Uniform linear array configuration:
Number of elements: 16
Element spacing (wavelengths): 0.25
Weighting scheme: cosine
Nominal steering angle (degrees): -45
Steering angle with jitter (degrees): -45.005
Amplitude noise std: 0.05
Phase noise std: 0.05

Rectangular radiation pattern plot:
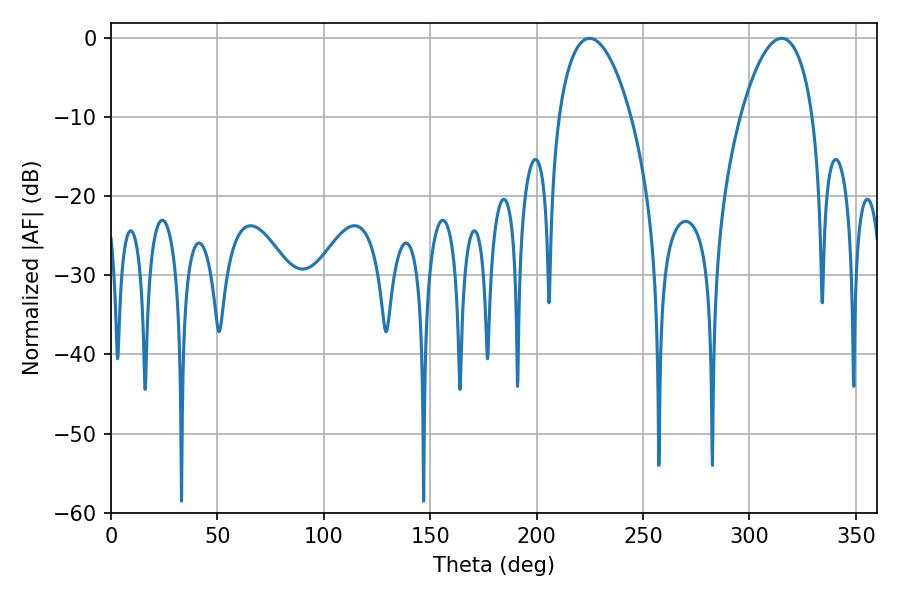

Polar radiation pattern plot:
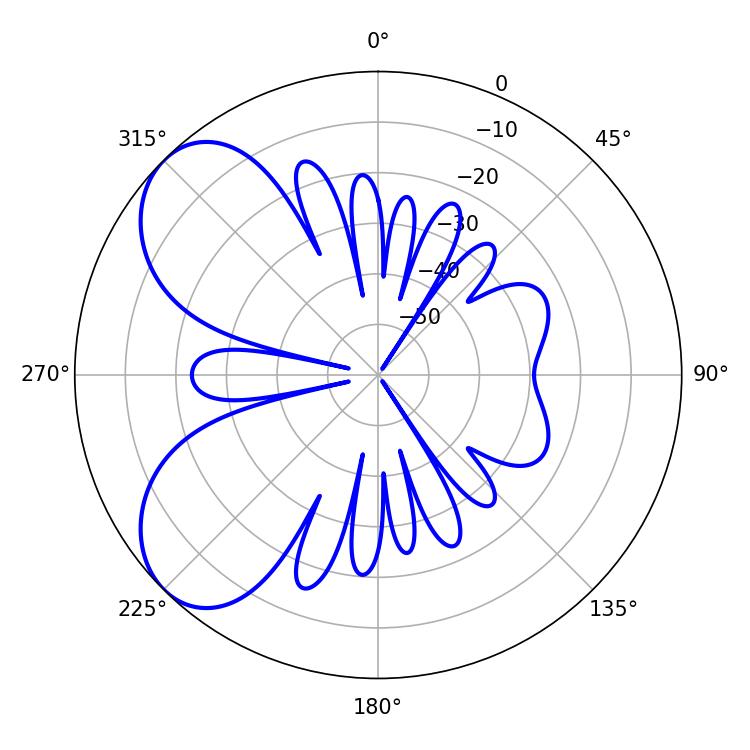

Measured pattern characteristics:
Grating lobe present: FALSE
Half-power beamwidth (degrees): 19.08
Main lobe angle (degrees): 224.82